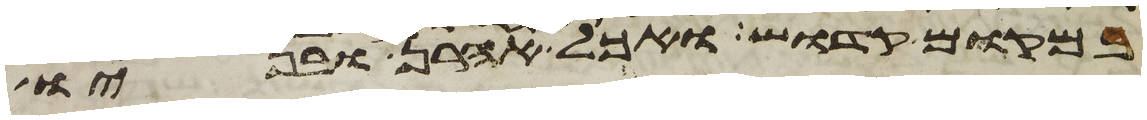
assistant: במקום קדוש ואכל אהרן ובניו